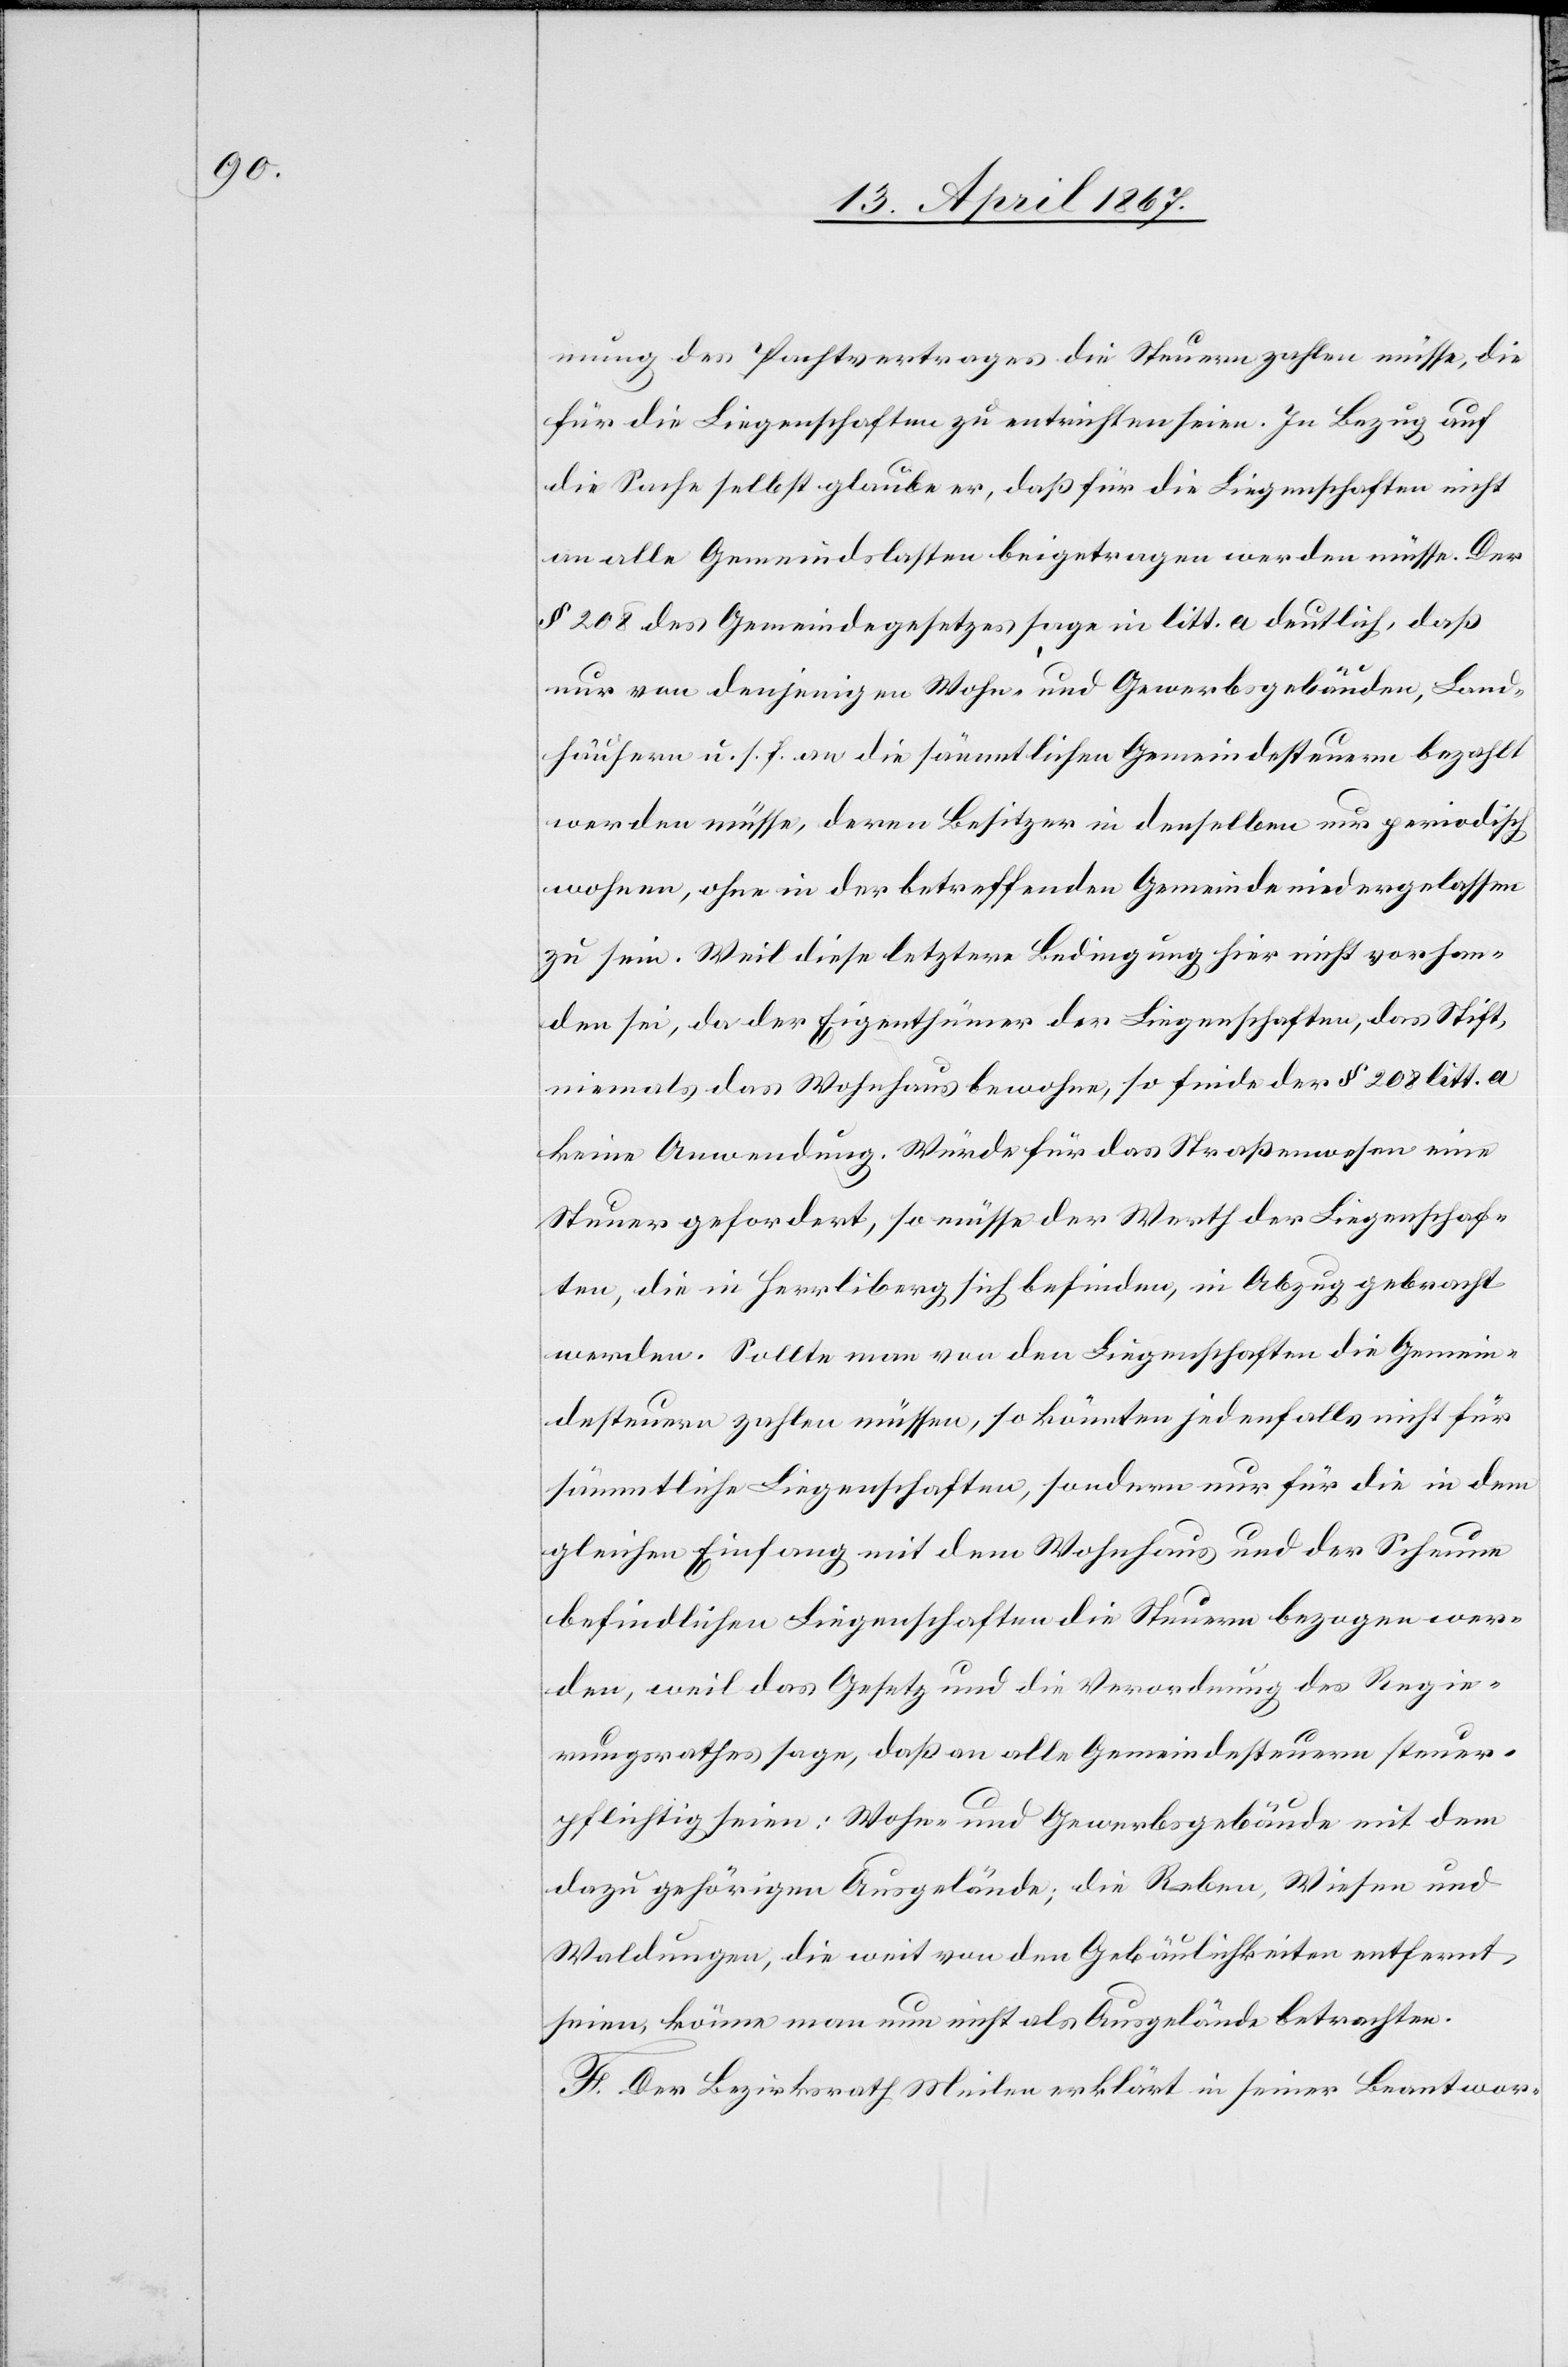
mung des Postvertrages die Steuern zahlen müsse, die
für die Liegenschaften zu entrichten seien. In Bezug auf
die Sache selbst glaube er, daß für die Liegenschaften nicht
an alle Gemeindslasten beigetragen werden müsse. Der
§ 208 des Gemeindegesetzes sage in litt. a deutlich, daß
nur von denjenigen Wohn- und Gewerbsgebäuden, Land¬
häusern u. s. f. an die sämmtlichen Gemeindesteuern bezahlt
werden müsse, deren Besitzer in denselben nur periodisch
wohnen, ohne in der betreffenden Gemeinde niedergelassen
zu sein. Weil diese letztere Bedingung hier nicht vorhan¬
den sei, da der Eigenthümer der Liegenschaften, das Stift,
niemals das Wohnhaus bewohne, so finde der § 208 litt. a
keine Anwendung. Würde für das Straßenwesen eine
Steuer gefordert, so müsse der Werth der Liegenschaf¬
ten, die in Herrliberg sich befinden, in Abzug gebracht
werden. Sollte man von den Liegenschaften die Gemein¬
desteuern zahlen müssen, so könnten jedenfalls nicht für
sämmtliche Liegenschaften, sondern nur für die in dem
gleichen Einfang mit dem Wohnhaus und der Scheune
befindlichen Liegenschaften die Steuern bezogen wer¬
den, weil das Gesetz und die Verordnung des Regie¬
rungsrathes sage, daß an alle Gemeindesteuern steuer¬
pflichtig seien: Wohn- und Gewerbsgebäude mit dem
dazu gehörigen Ausgelände; die Reben, Wiesen und
Waldungen, die weit von den Gebäulichkeiten entfernt
seien, könne man nun nicht als Ausgelände betrachten.
F. Der Bezirksrath Meilen erklärt in seiner Beantwor-